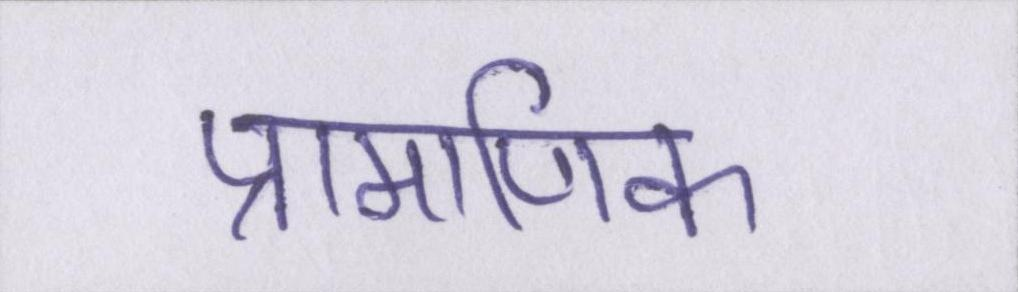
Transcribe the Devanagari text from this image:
प्रामाणिक